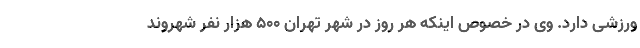
ورزشی دارد. وی در خصوص اینکه هر روز در شهر تهران ۵۰۰ هزار نفر شهروند